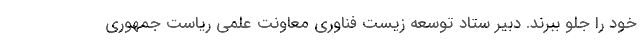
خود را جلو ببرند. دبیر ستاد توسعه زیست فناوری معاونت علمی ریاست جمهوری